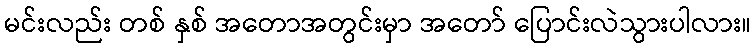
မင်းလည်း တစ် နှစ် အတောအတွင်းမှာ အတော် ပြောင်းလဲသွားပါလား။